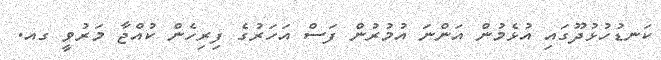
ކަނޑުހުޅުދޫގައި އުޅެމުން އަންނަ އުމުރުން ފަސް އަހަރުގެ ފިރިހެން ކުއްޖާ މަރުވީ ގއ.